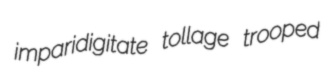
imparidigitate tollage trooped